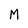
Character: M